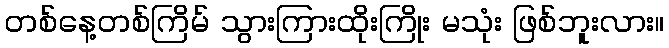
တစ်နေ့တစ်ကြိမ် သွားကြားထိုးကြိုး မသုံး ဖြစ်ဘူးလား။